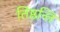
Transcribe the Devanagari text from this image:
तिष्ठन्ति